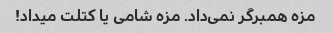
مزه همبرگر نمی‌داد. مزه شامی یا کتلت میداد!